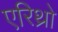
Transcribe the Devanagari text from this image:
एरिथ्रो